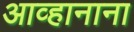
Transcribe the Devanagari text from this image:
आव्हानाना